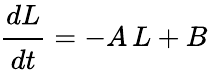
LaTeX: \cfrac{dL}{dt}=-A\, L+B